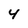
Character: 4